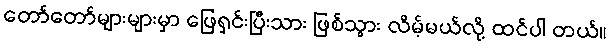
တော်တော်များများမှာ ဖြေရှင်းပြီးသား ဖြစ်သွား လိမ့်မယ်လို့ ထင်ပါ တယ်။